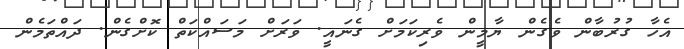
އެހާ ގުރުބާން ވެގެން ޔާމީން ވެރިކަމަށް ގެނައީ. ވަރަށް މަސައްކަތް ކޮށްގެން. ދައްތަމެން